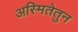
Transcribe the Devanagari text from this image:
अस्मितेतुन